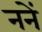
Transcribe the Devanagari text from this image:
ननें